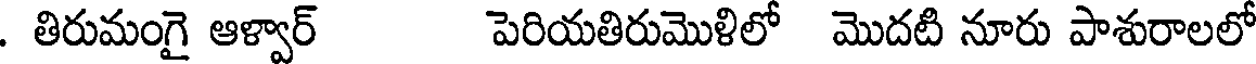
. తిరుమంగై ఆళ్వార్ పెరియతిరుమొళిలో మొదటి నూరు పాశురాలలో